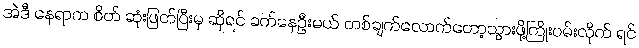
အဲဒီ နေရာက စိတ် ဆုံးဖြတ်ပြီးမှ ဆိုရင် ခက်နေဦးမယ် တစ်ချက်လောက်တော့သွားဖို့ကြိုးပမ်းလိုက် ရင်